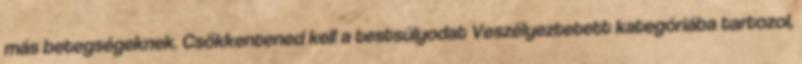
más betegségeknek. Csökkentened kell a testsúlyodat Veszélyeztetett kategóriába tartozol,